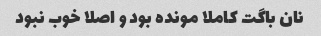
نان باگت کاملا مونده بود و اصلا خوب نبود